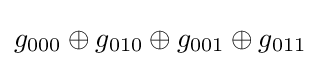
g_{000}\oplus g_{010}\oplus g_{001}\oplus g_{011}